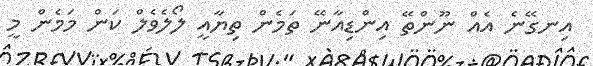
އިނގޭނެ އެއް ނޫންތޭ އިންޑިއާނޭ ތަމެން ތިޔާއީ ލޯލެވެލް ކަން މަމެން މީ